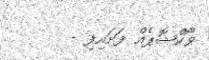
ވޯކްޝޮޕެއް ފަށައިފި -